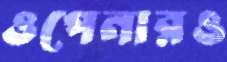
ওপেনারও